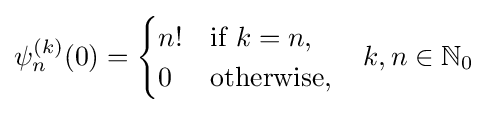
\psi _{n}^{(k)}(0)={\begin{cases}n!&{\text{if }}k=n,\\0&{\text{otherwise,}}\end{cases}}\quad k,n\in \mathbb {N} _{0}